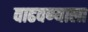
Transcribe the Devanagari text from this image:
वाढवण्याला